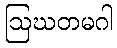
ဩဃတမဂါ